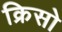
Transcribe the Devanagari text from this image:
क्रिसो